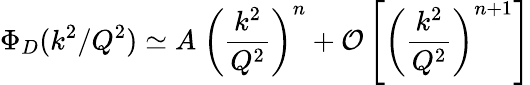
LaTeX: \Phi_{D}(k^{2}/Q^{2})\simeq A\ \left({\frac{k^{2}}{Q^{2}}}\right)^{n}+{\cal O}\left[\left({\frac{k^{2}}{Q^{2}}}\right)^{n+1}\right]